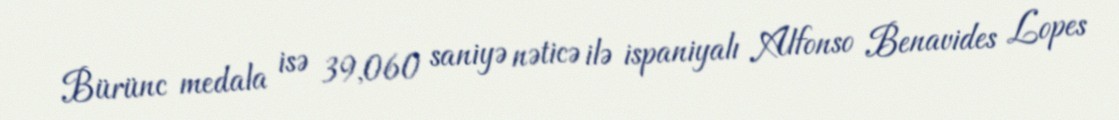
Bürünc medala isə 39,060 saniyə nəticə ilə ispaniyalı Alfonso Benavides Lopes